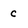
Character: c